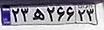
۲۳ه۲۶۶۲۳